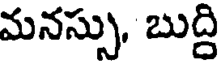
మనస్సు, బుద్ది